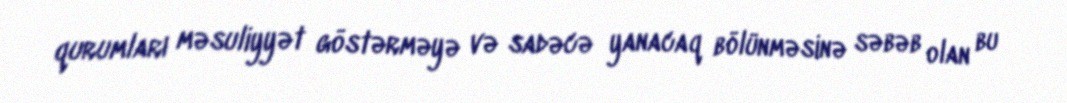
qurumları məsuliyyət göstərməyə və sadəcə yanacaq bölünməsinə səbəb olan bu